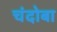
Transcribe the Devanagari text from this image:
चंदोबा